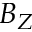
B _ { Z }